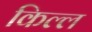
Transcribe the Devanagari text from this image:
किल्ल